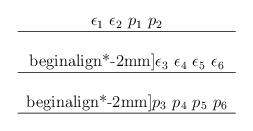
LaTeX: \begin{align*}\begin{tabular}{c}$\epsilon_1~ \epsilon_2~ p_1~ p_2$ \\ \hline\\begin{align*}-2mm]$\epsilon_3~ \epsilon_4~ \epsilon_5~ \epsilon_6 $\\ \hline\\begin{align*}-2mm]$p_3~ p_4~ p_5~ p_6$\\ \hline\end{tabular}\end{align*}